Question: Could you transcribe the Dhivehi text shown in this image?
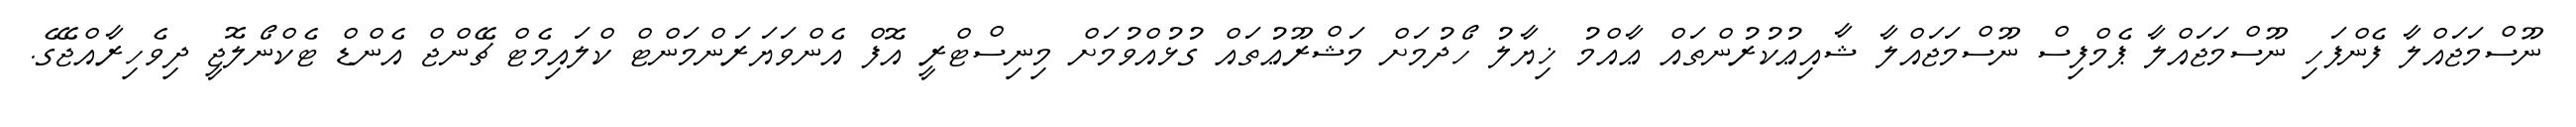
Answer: ނޫސްމަޖައްލާ ފެންފަހި ނޫސްމަޖައްލާ ޕެމްފިސް ނޫސްމަޖައްލާ ޝާއިޢުކުރުންތައް ޢާއްމު ޚިޔާލު ހޯދުމަށް މަޝްރޫޢުތައް ގުޅުއްވުމަށް މިނިސްޓްރީ އޮފް އެންވަޔަރަންމަންޓް ކްލައިމެޓް ޗޭންޖް އެންޑް ޓެކްނޯލޮޖީ ދިވެހިރާއްޖޭގެ.